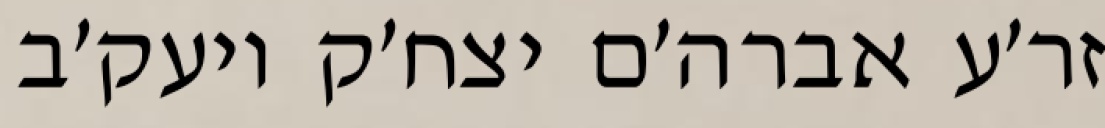
זר׳ע אברה׳ם יצח׳ק ויעק׳ב